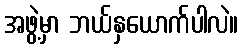
အဖွဲ့မှာ ဘယ်နှယောက်ပါလဲ။